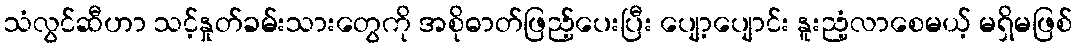
သံလွင်ဆီဟာ သင့်နှုတ်ခမ်းသားတွေကို အစိုဓာတ်ဖြည့်ပေးပြီး ပျော့ပျောင်း နူးညံ့လာစေမယ့် မရှိမဖြစ်